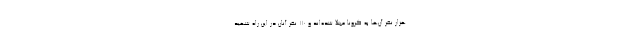
هزار نفر آن‌ها به کرونا مبتلا شده‌اند و ۱۱۰ نفر آنان در این راه شهید